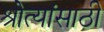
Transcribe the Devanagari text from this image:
श्रोत्यांसाठी